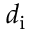
d _ { \mathrm { i } }